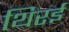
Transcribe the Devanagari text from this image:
थिरई